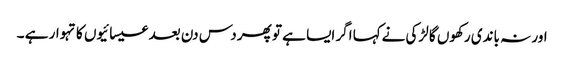
اور نہ باندی رکھوں گا لڑکی نےکہا اگر ایسا ہے تو پھر دس دن بعد عیسائیوں کا تہوار ہے ۔